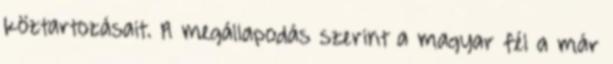
köztartozásait. A megállapodás szerint a magyar fél a már